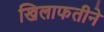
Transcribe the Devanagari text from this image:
खिलाफतीने